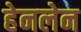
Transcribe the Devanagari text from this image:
हेनलेन